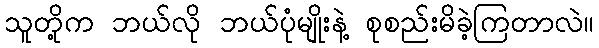
သူတို့က ဘယ်လို ဘယ်ပုံမျိုးနဲ့ စုစည်းမိခဲ့ကြတာလဲ။